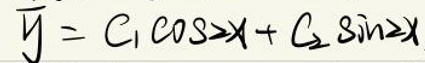
$\overline{y} = c _ { 1 } \cos ^ { 2 } x + c _ { 2 } \sin ^ { 2 } x$